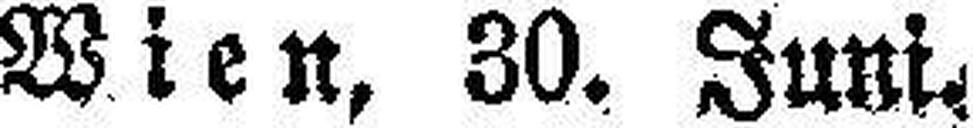
Wien, 30. Juni.